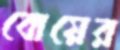
বোয়ের